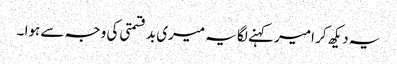
یہ دیکھ کر امیر کہنے لگا یہ میری بد قسمتی کی وجہ سے ہوا ۔